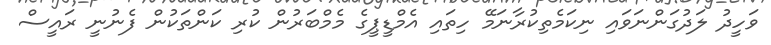
ވަހީދު ލަދުގަންނަވައި ނިކަމެތިކުރާނަމޭ ހިތައި އެމްޑީޕީގެ މެމްބަރުން ކުރި ކަންތަކުން ފެނުނީ ރައީސް